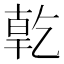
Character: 亁